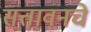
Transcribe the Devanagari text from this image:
सत्तावनचे